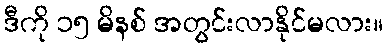
ဒီကို ၁၅ မိနစ် အတွင်းလာနိုင်မလား။